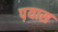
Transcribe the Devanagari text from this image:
प़यास